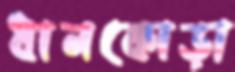
ধানকোড়া